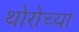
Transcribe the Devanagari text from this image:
थोरोच्या